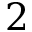
2